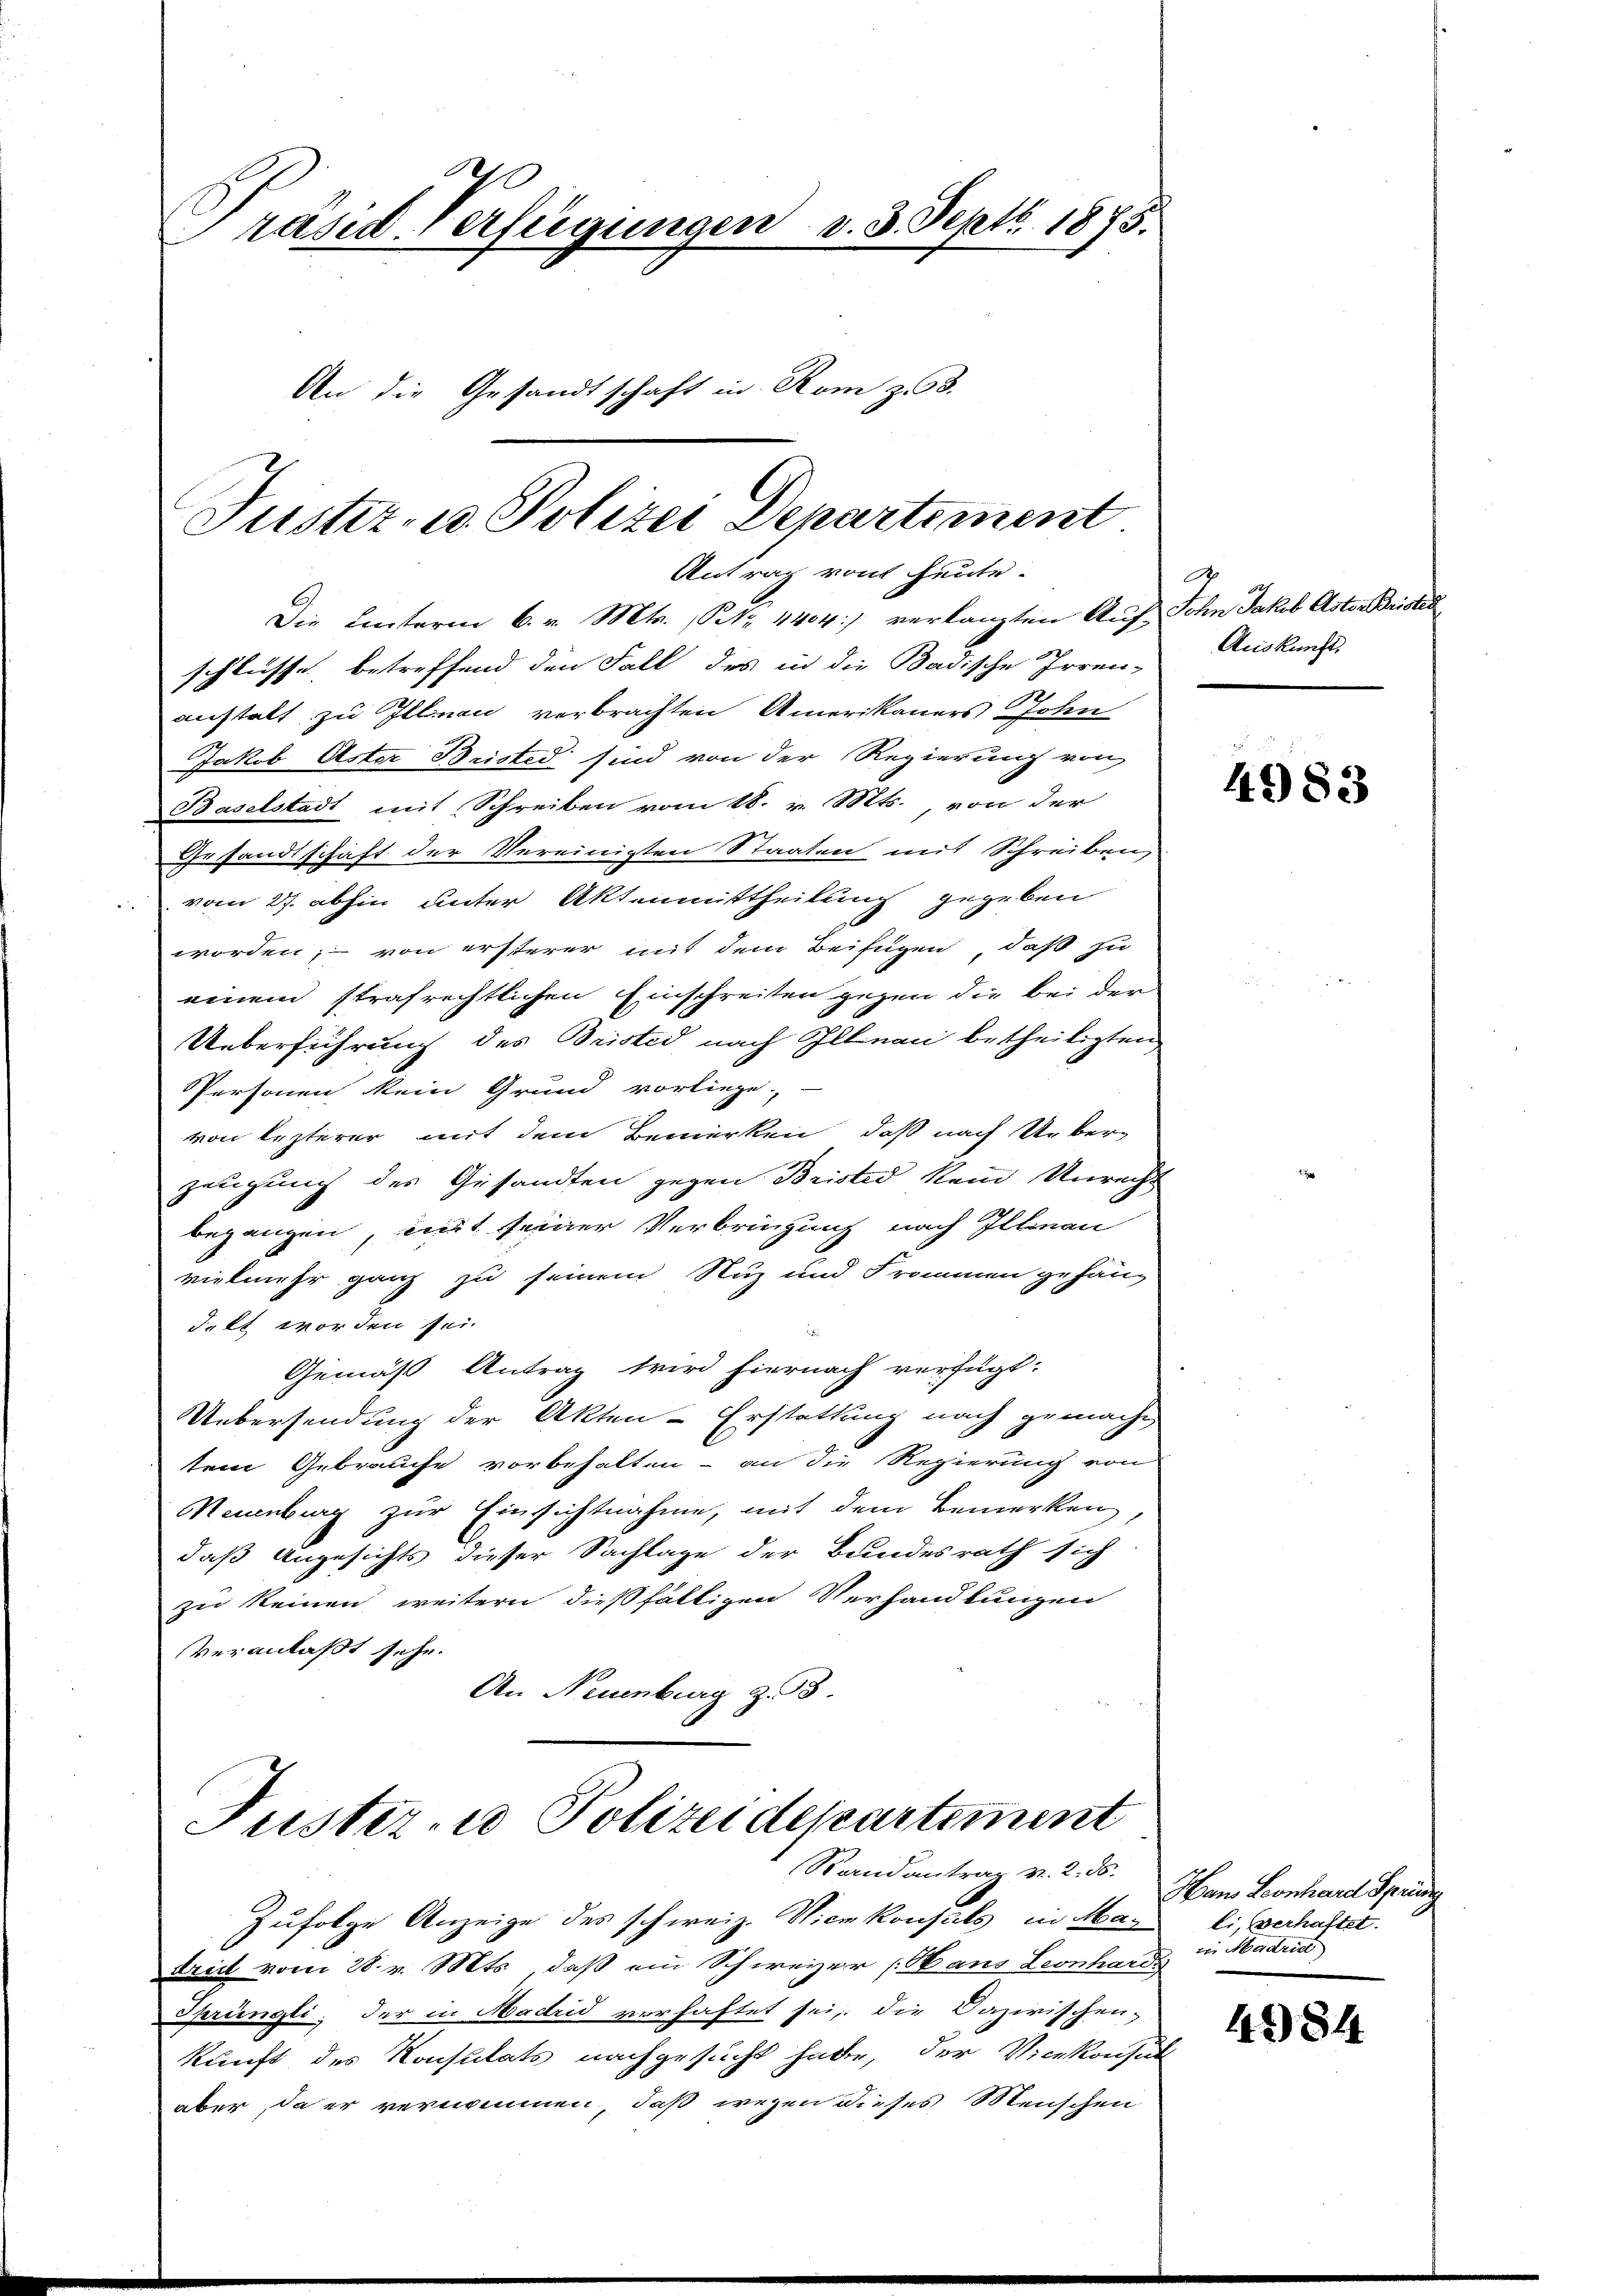
Präsid. Verfügungen v. 3. Septb. 1875.
An die Gesandtschaft in Rom z. 98.

Justiz- u. Polizei Departement
Antrag von heute.

Die unterm 6. v. Mts. Nr. 4404) verlangten Auf Sohn Jakob Aster Bristel
schlüsse betreffend den Fall des in die Badische Irren-
anstalt zu Illnau verbrachten Amerikaners Sohn
Jakob Aster Bristed sind von der Regierung von
Baselstadt mit Schreiben vom 18. v. Mts., von der
Gesandtschaft der Vereinigten Staaten mit Schreiben,
vom 27. abhin unter Aktenmittheilung gegeben
worden; von ersterer mit dem Beifügen, daß zu
einem strafrechtlichen Einschreiten gegen die bei der
Ueberführung des Bristed nach Illnau betheiligten
Personen kein Grund vorliege.
von lezterer mit dem Bemerken, daß nach Ueberzeugung des Gesandten gegen Bristed kein Unrecht
begangen, mit seiner Verbringung nach Illnau
vielmehr ganz zu seinem Nuz und Frommen gehän-
delt worden sei.
Gemäß Antrag wird hiernach verfügt:
Uebersendung der Akten-Erstattung nach gemacht,
tem Gebrauche vorbehalten - an die Regierung von
Neuenburg zur Einsichtnahme, mit dem Bemerken,
daß Angesichts dieser Sachlage der Bundesrath sich
zu keinen weitern dießfälligen Verhandlungen
veranlaßt sehe.
An Neuenburg z. 3.

Fuster- u Polizeidepartiment
Randantrag v. 2. 55.

A
Auskunft.

Zufolge Anzeige des schweiz. Vicekonsuls in Madritt vom 28. v. Mts., daß ein Schweizer (Haus Leonhards
sprüngli, der in Machid verhaftet sei, die Dazirischen-
kunft des Konsulats nachgesucht habe, der Vicekonsul
aber, da er vernommen, daß wegen dieses Menschen

4983

Hans Leonhard Sprüng
li, verhaftet.
ii Madrid

4984